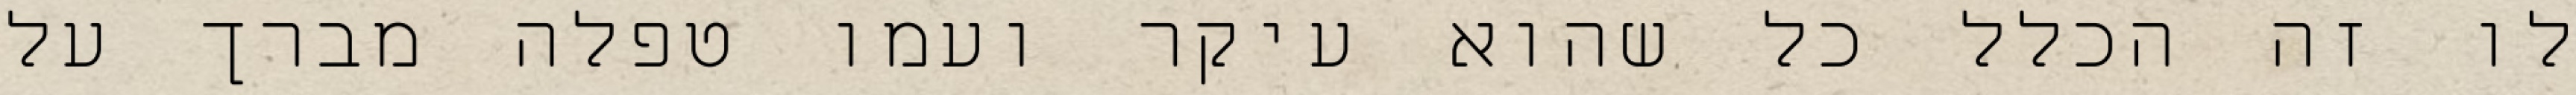
לו זה הכלל כל שהוא עיקר ועמו טפלה מברך על